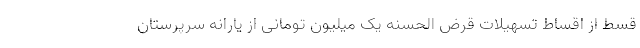
قسط از اقساط تسهیلات قرض الحسنه یک میلیون تومانی از یارانه سرپرستان